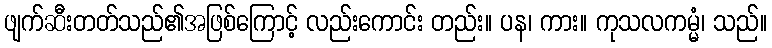
ဖျက်ဆီးတတ်သည်၏အဖြစ်ကြောင့် လည်းကောင်း တည်း။ ပန၊ ကား။ ကုသလကမ္မံ၊ သည်။